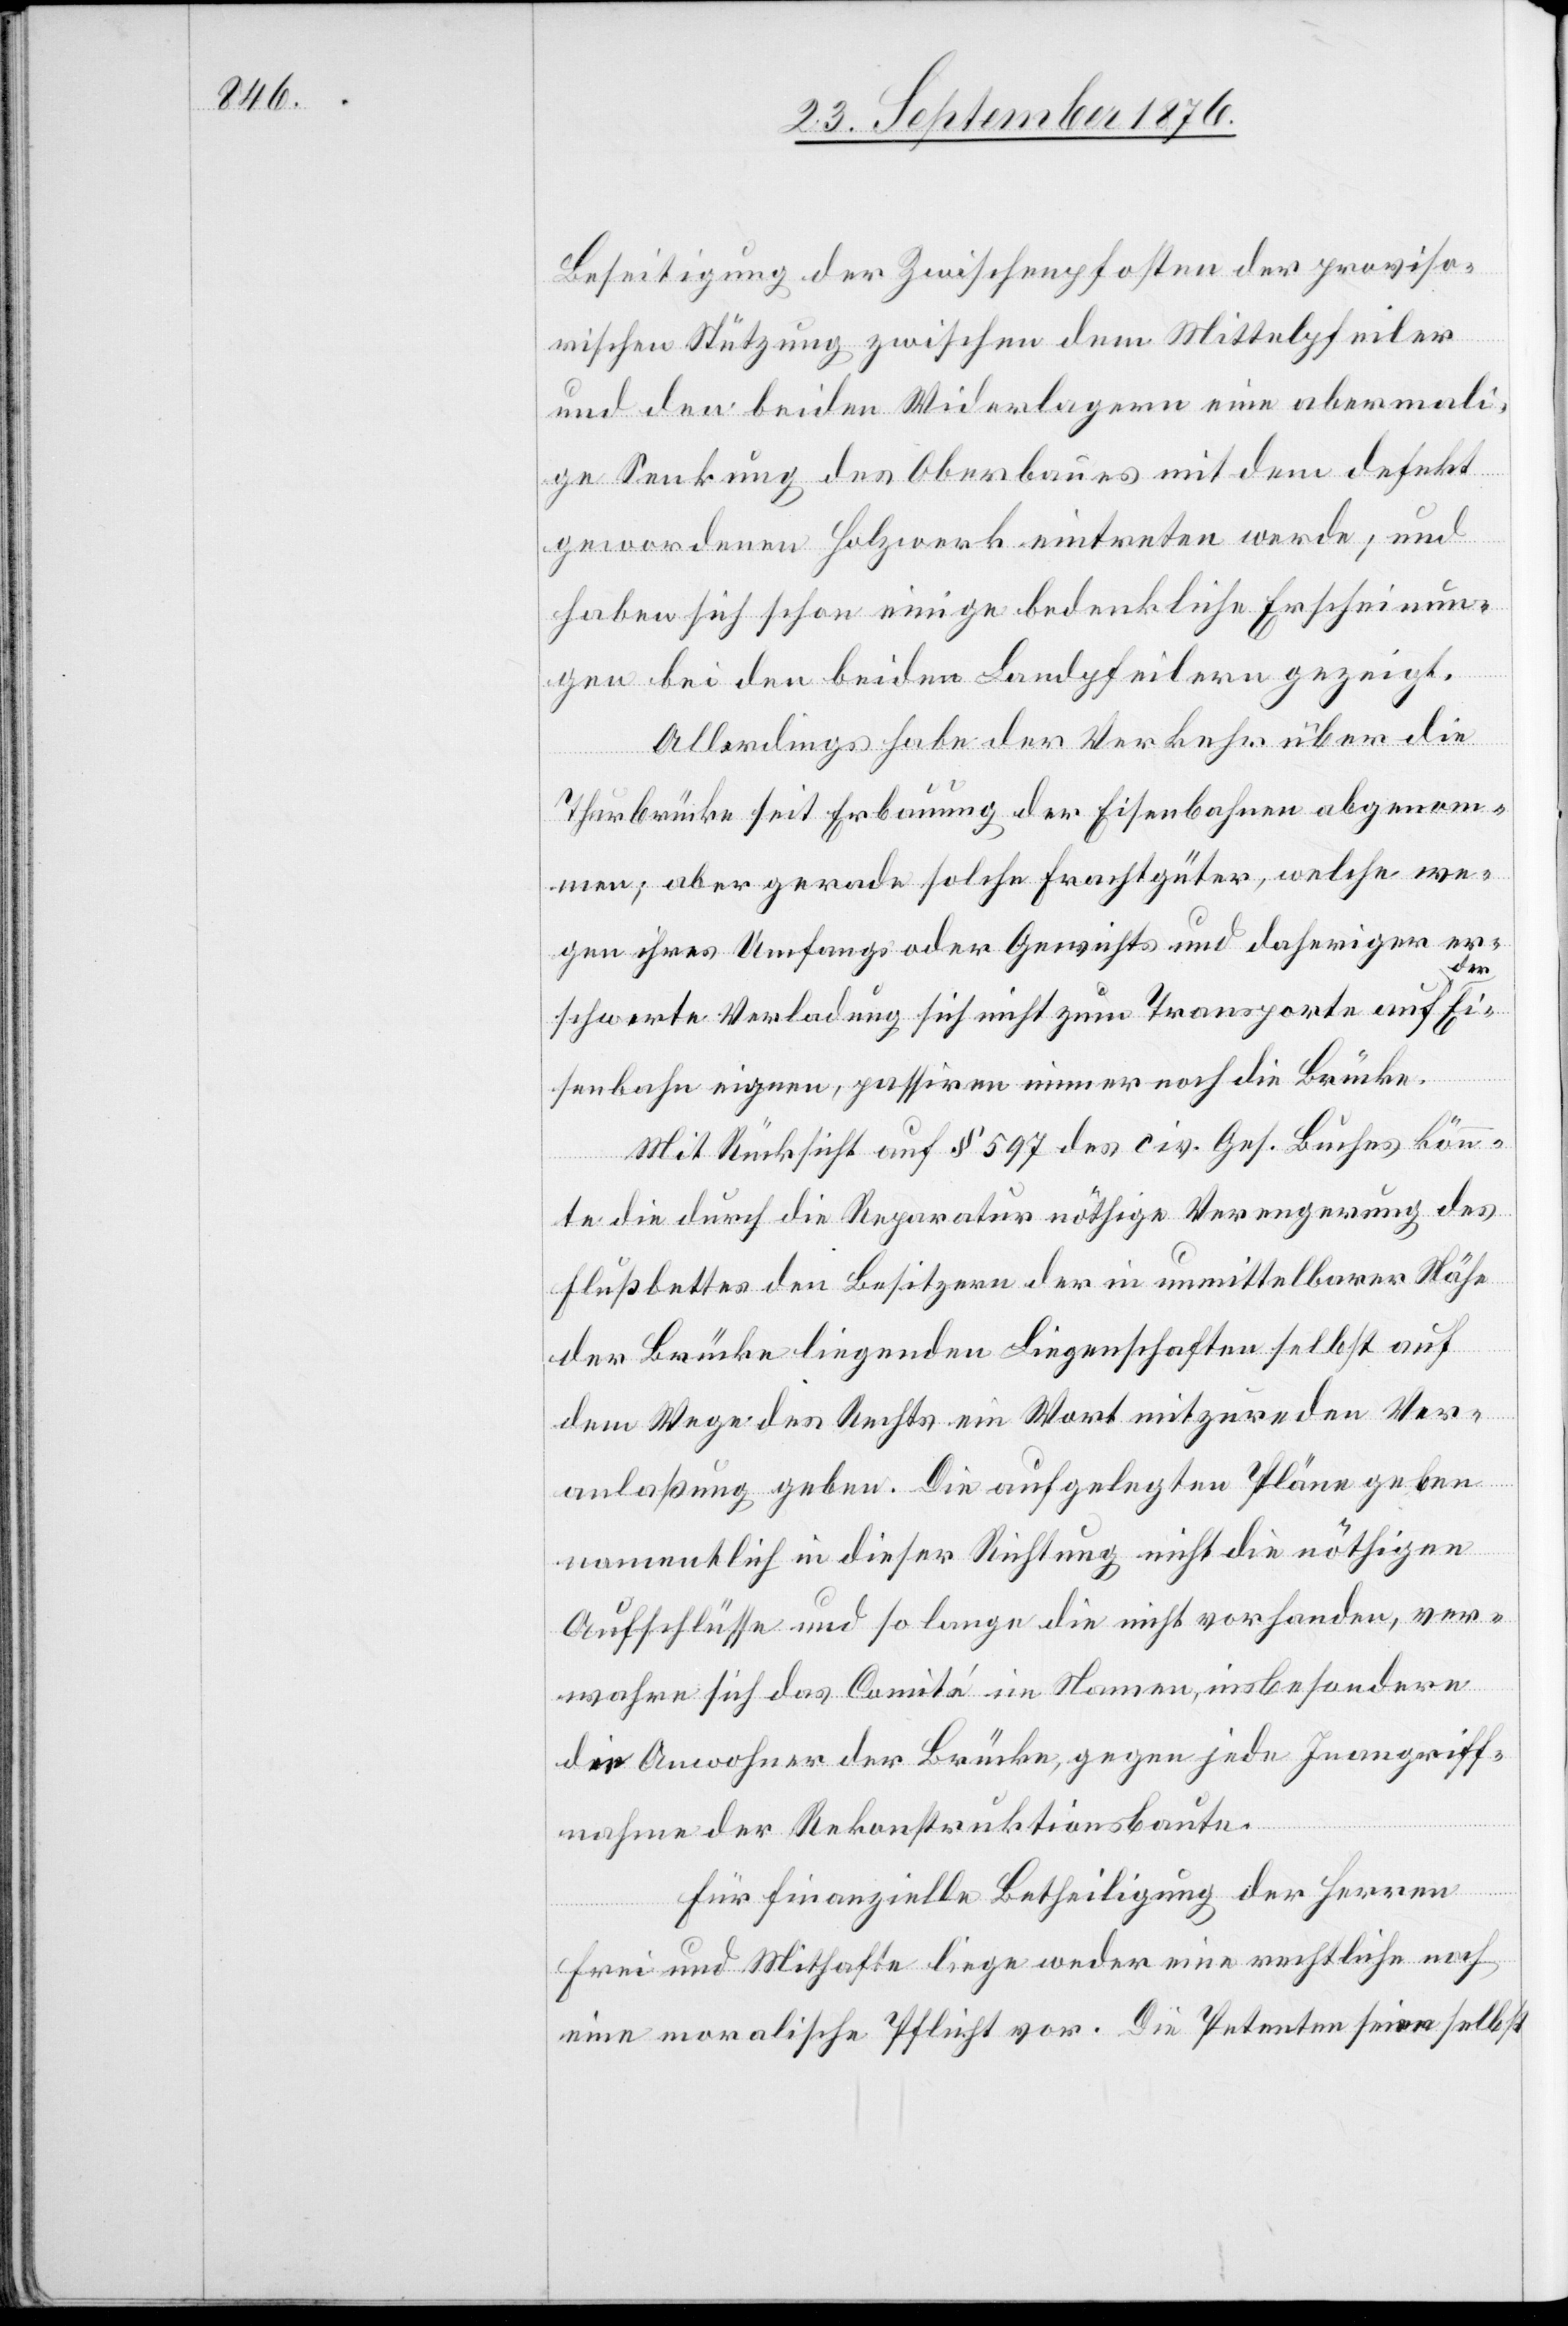
Beseitigung der Zwischenpfosten der proviso¬
rischen Nützung zwischen dem Mittelpfeiler
und den beiden Widerlagern eine abermali¬
ge Senkung des Oberbaues mit dem defekt
gewordenen Holzwerk eintreten werde; und
haben sich schon einige bedenkliche Erscheinun¬
gen bei den beiden Landpfeilern gezeigt.
Allerdings habe der Verkehr über die
Thurbrücke seit Erbauung der Eisenbahnen abgenom¬
men; aber gerade solche Frachtgüter, welche we¬
gen ihres Umfangs oder Gewichts und daheriger er¬
schwerte[r] Verladung sich nicht zum Transporte auf a
Ei¬
senbahn eigenen, passiren immer noch die Brücke.
Mit Rücksicht auf § 597 des civ. Ges. Buches könn¬
te die durch die Reparatur nöthige Verengerung des
Flußbettes den Besitzern der in unmittelbarer Nähe
der Brücke liegenden Liegenschaften selbst auf
dem Wege des Rechts ein Wort mitzureden Ver¬
a
anlaßung geben. Die aufgelegten Pläne geben
namentlich in dieser Richtung nicht die nöthigen
Aufschlüsse und so lange die nicht vorhanden, ver¬
wahre sich das Comité im Namen, insbesondere
der Anwohner der Brücke, gegen jede Inangriff¬
nahme der Rekonstruktionsbaute.
Für finanzielle Betheiligung der Herren
Frei und Mithafte liege weder eine rechtliche noch
eine moralische Pflicht vor. Die Petenten seien selbst